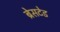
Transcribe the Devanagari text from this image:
ब्रेसटेड